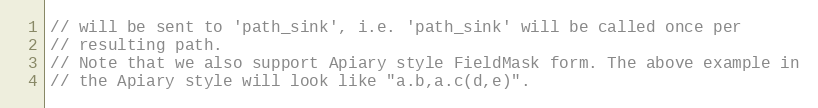
Language: C
// will be sent to 'path_sink', i.e. 'path_sink' will be called once per
// resulting path.
// Note that we also support Apiary style FieldMask form. The above example in
// the Apiary style will look like "a.b,a.c(d,e)".